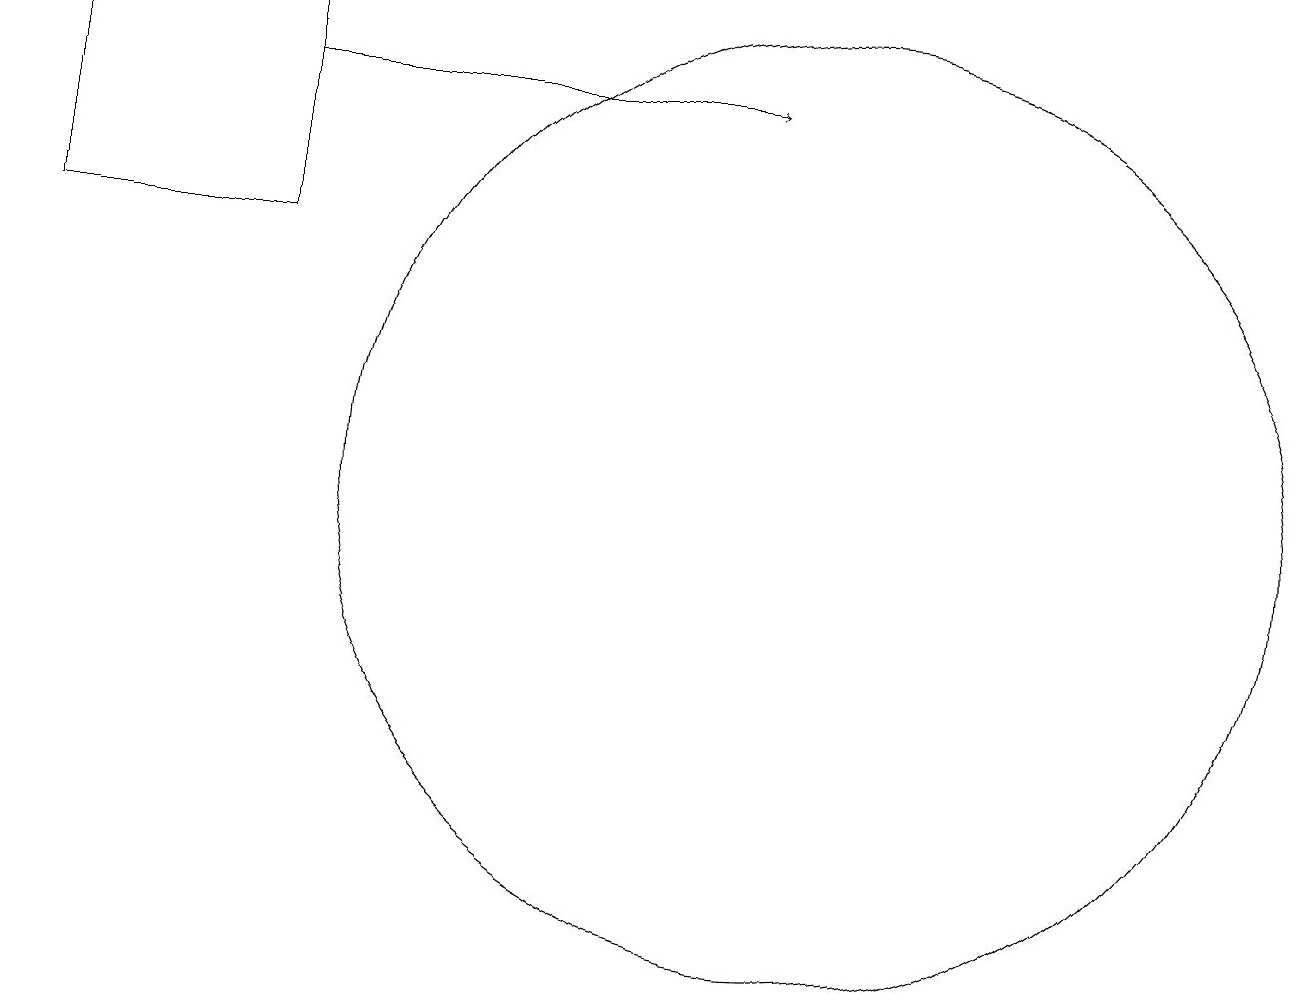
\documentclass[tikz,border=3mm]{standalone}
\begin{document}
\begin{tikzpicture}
\draw (10,10) circle (6);
\draw (3,13) rectangle (0,16);
\draw[->] (3,15) -- (9,15);
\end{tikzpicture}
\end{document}